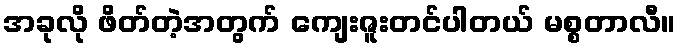
အခုလို ဖိတ်တဲ့အတွက် ကျေးဇူးတင်ပါတယ် မစ္စတာလီ။